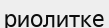
риолитке